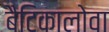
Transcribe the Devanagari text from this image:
बैटिकालोवा